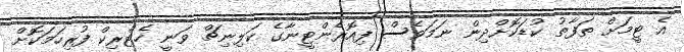
އެ ޓީމަށް ތަފާތު ކުޑަކޮށްދިން ނަމަވެސް ފިއޮރެންޓީނާގެ ކަލިނިޗް ވަނީ ހެޓްރިކް ފުރިހަމަކޮށް